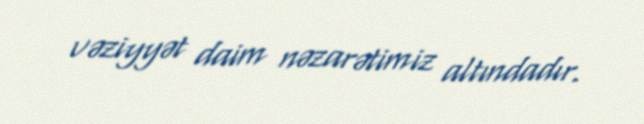
vəziyyət daim nəzarətimiz altındadır.